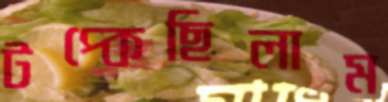
টপ্‌কেছিলাম